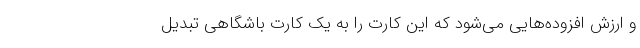
و ارزش افزوده‌هایی می‌شود که این کارت را به یک کارت باشگاهی تبدیل